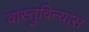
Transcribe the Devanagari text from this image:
वास्तुविन्यास